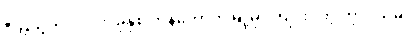
ဒီအတွက် ၂၀၀၆ ခုနှစ် ဘန်ကောက်မြို့မှာ ကျင်းပတဲ့ ကုလသမဂ္ဂ